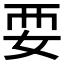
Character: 𫰗